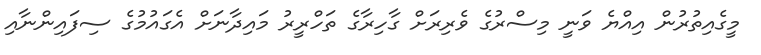
މީގެއިތުރުން އިއްޔެ ވަނީ މިސްރުގެ ވެރިރަށް ގާހިރާގެ ތަހްރީރު މައިދާނަށް އެގައުމުގެ ސިފައިންނާއި